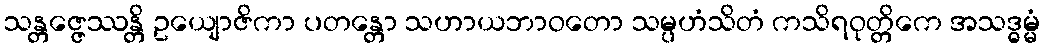
သန္တဇ္ဇေဿန္တိ ဥယျောဇိကာ ပတန္တော သဟာယဘာဝတော သမ္ပဟံသိတံ ကသိရဝုတ္တိကေ အသဒ္ဓမ္မံ